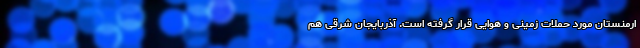
ارمنستان مورد حملات زمینی و هوایی قرار گرفته است. آذربایجان شرقی هم